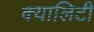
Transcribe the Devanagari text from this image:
क्यालिटी